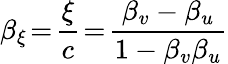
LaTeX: \beta_{\xi}\! =\! \frac{\xi}{c}\! =\! \frac{\beta_{v}-\beta_{u}}{1-\beta_{v}\beta_{u}}